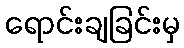
ရောင်းချခြင်းမှ